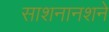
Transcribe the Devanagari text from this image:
साशनानशने